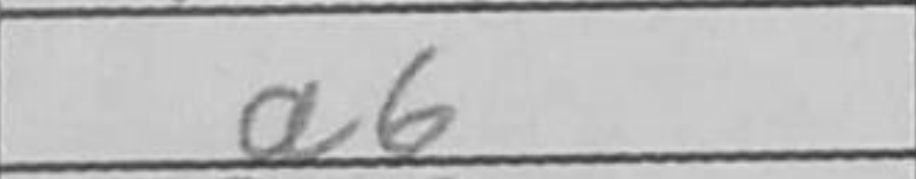
Transcription: a6